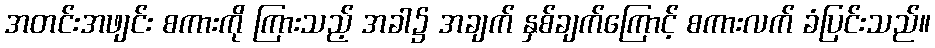
အတင်းအဖျင်း စကားကို ကြားသည့် အခါ၌ အချက် နှစ်ချက်ကြောင့် စကားလက် ခံပြင်းသည်။